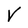
Character: V